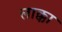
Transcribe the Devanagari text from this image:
लाक्का